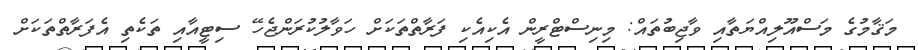
މަޤާމުގެ މަސްއޫލިއްޔަތާއި ވާޖިބުތައް: މިނިސްޓްރީން އެކިއެކި ފަރާތްތަކަށް ހަވާލުކުރަންޖެހޭ ސިޓީއާއި ތަކެތި އެފަރާތްތަކަށް